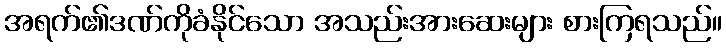
အရက်၏ဒဏ်ကိုခံနိုင်သော အသည်းအားဆေးများ စားကြရသည်။